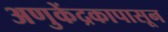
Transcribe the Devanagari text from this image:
अणुकेंद्रकापासून